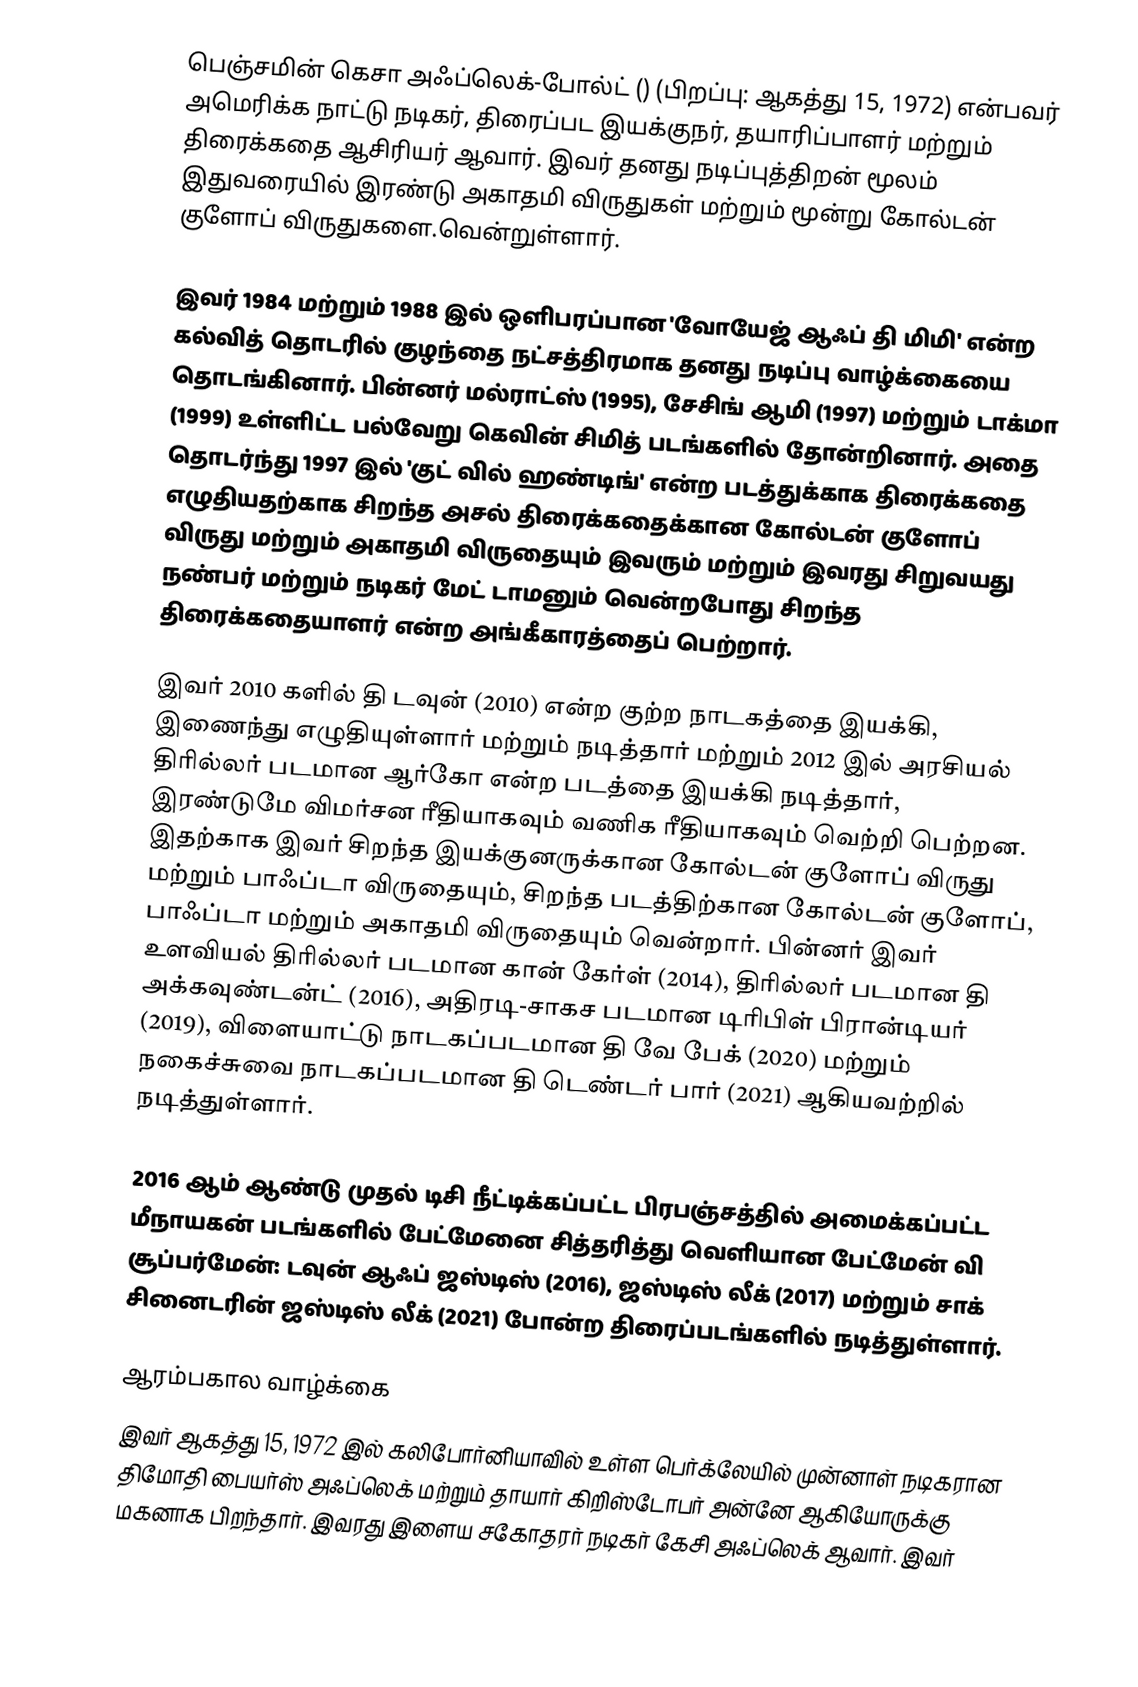
பெஞ்சமின் கெசா அஃப்லெக்-போல்ட் () (பிறப்பு: ஆகத்து 15, 1972) என்பவர் அமெரிக்க நாட்டு நடிகர், திரைப்பட இயக்குநர், தயாரிப்பாளர் மற்றும் திரைக்கதை ஆசிரியர் ஆவார். இவர் தனது நடிப்புத்திறன் மூலம் இதுவரையில் இரண்டு அகாதமி விருதுகள் மற்றும் மூன்று கோல்டன் குளோப் விருதுகளை.வென்றுள்ளார்.

இவர் 1984 மற்றும் 1988 இல் ஒளிபரப்பான 'வோயேஜ் ஆஃப் தி மிமி' என்ற கல்வித் தொடரில் குழந்தை நட்சத்திரமாக தனது நடிப்பு வாழ்க்கையை தொடங்கினார். பின்னர் மல்ராட்ஸ் (1995), சேசிங் ஆமி (1997) மற்றும் டாக்மா (1999) உள்ளிட்ட பல்வேறு கெவின் சிமித் படங்களில் தோன்றினார். அதை தொடர்ந்து 1997 இல் 'குட் வில் ஹண்டிங்' என்ற படத்துக்காக திரைக்கதை எழுதியதற்காக சிறந்த அசல் திரைக்கதைக்கான கோல்டன் குளோப் விருது மற்றும் அகாதமி விருதையும் இவரும் மற்றும் இவரது சிறுவயது நண்பர் மற்றும் நடிகர் மேட் டாமனும் வென்றபோது சிறந்த திரைக்கதையாளர் என்ற அங்கீகாரத்தைப் பெற்றார்.

இவர் 2010 களில்  தி டவுன் (2010) என்ற குற்ற நாடகத்தை இயக்கி, இணைந்து எழுதியுள்ளார் மற்றும் நடித்தார் மற்றும் 2012 இல் அரசியல் திரில்லர் படமான ஆர்கோ என்ற படத்தை இயக்கி நடித்தார், இரண்டுமே விமர்சன ரீதியாகவும் வணிக ரீதியாகவும் வெற்றி பெற்றன. இதற்காக இவர் சிறந்த இயக்குனருக்கான கோல்டன் குளோப் விருது  மற்றும் பாஃப்டா விருதையும், சிறந்த படத்திற்கான கோல்டன் குளோப், பாஃப்டா மற்றும் அகாதமி விருதையும் வென்றார். பின்னர் இவர் உளவியல் திரில்லர் படமான கான் கேர்ள் (2014), திரில்லர் படமான தி அக்கவுண்டன்ட் (2016), அதிரடி-சாகச படமான டிரிபிள் பிரான்டியர் (2019), விளையாட்டு நாடகப்படமான தி வே பேக் (2020) மற்றும் நகைச்சுவை நாடகப்படமான தி டெண்டர் பார் (2021) ஆகியவற்றில் நடித்துள்ளார்.

2016 ஆம் ஆண்டு முதல் டிசி நீட்டிக்கப்பட்ட பிரபஞ்சத்தில் அமைக்கப்பட்ட மீநாயகன் படங்களில் பேட்மேனை  சித்தரித்து வெளியான பேட்மேன் வி சூப்பர்மேன்: டவுன் ஆஃப் ஜஸ்டிஸ் (2016), ஜஸ்டிஸ் லீக் (2017) மற்றும் சாக் சினைடரின் ஜஸ்டிஸ் லீக் (2021) போன்ற திரைப்படங்களில் நடித்துள்ளார்.

ஆரம்பகால வாழ்க்கை
இவர் ஆகத்து 15, 1972 இல் கலிபோர்னியாவில் உள்ள பெர்க்லேயில் முன்னாள் நடிகரான திமோதி பையர்ஸ் அஃப்லெக் மற்றும் தாயார் கிறிஸ்டோபர் அன்னே ஆகியோருக்கு மகனாக பிறந்தார். இவரது இளைய சகோதரர் நடிகர் கேசி அஃப்லெக் ஆவார். இவர்